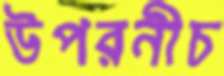
উপরনীচ